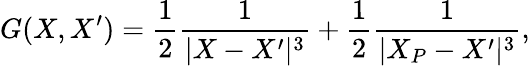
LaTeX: G(X,X^{\prime})=\frac{1}{2}\frac{1}{|X-X^{\prime}|^{3}}+\frac{1}{2}\frac{1}{|X_{P}-X^{\prime}|^{3}},